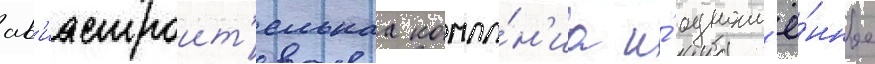
ав'иастроит'ельнаа компа́н'иа и́ одноим'ё́нное